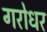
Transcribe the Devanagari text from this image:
गरोधर